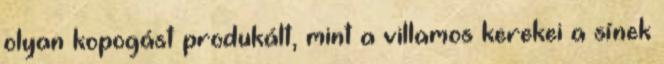
olyan kopogást produkált, mint a villamos kerekei a sínek